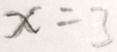
x = 3